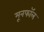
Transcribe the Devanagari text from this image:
मूनफॉल